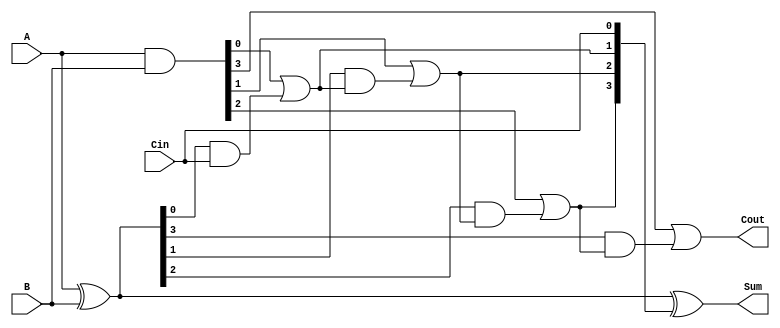
module CILA #(parameter n = 4) (
    input  [n-1:0] A,      // First operand
    input  [n-1:0] B,      // Second operand
    input          Cin,     // Carry input
    output [n-1:0] Sum,     // Sum output
    output         Cout      // Carry output
);

    // Generate and Propagate signals
    wire [n-1:0] G; // Generate signals
    wire [n-1:0] P; // Propagate signals
    wire [n:0] C;    // Carry signals

    // Generate and Propagate calculations
    assign G = A & B;          // G[i] = A[i] & B[i]
    assign P = A ^ B;          // P[i] = A[i] ^ B[i]

    // Carry generation using lookahead logic
    assign C[0] = Cin; // C[0] = Cin
    genvar i;
    generate
        for (i = 0; i < n; i = i + 1) begin : carry_gen
            if (i == 0) begin
                assign C[i + 1] = G[i] | (P[i] & C[i]); // C[1] = G[0] + (P[0] & C[0])
            end else begin
                assign C[i + 1] = G[i] | (P[i] & C[i]); // C[i + 1] = G[i] + (P[i] & C[i])
            end
        end
    endgenerate

    // Sum calculation
    assign Sum = P ^ C[n-1:0]; // Sum[i] = P[i] ^ C[i]

    // Final carry output
    assign Cout = C[n]; // Cout = C[n]

endmodule